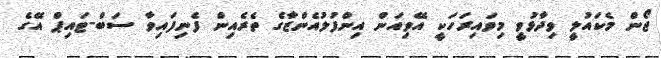
ޖޯން މެކައުލީ ވިދާޅުވީ މިވައިރަހަކީ އޭވިއަން އިންފުލުއެންޒާގެ ތެރެއިން ފެނިފައިވާ ސަބް-ޓައިޕް އޭގެ